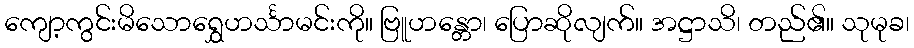
ကျော့ကွင်းမိသောရွှေဟင်္သာမင်းကို။ ဗြူဟန္တော၊ ပြောဆိုလျက်။ အဋ္ဌာသိ၊ တည်၏။ သုမုခ၊